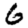
Digit: 6